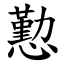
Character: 懃